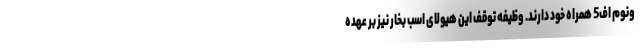
ونوم اف5 همراه خود دارند. وظیفه توقف این هیولای اسب بخار نیز بر عهده